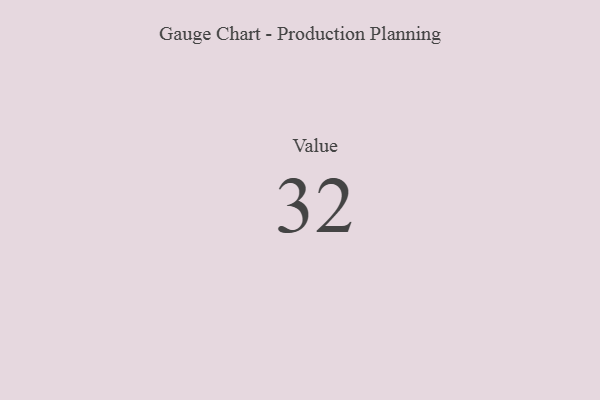
{"axis": {"x": "Metric", "y": "Value"}, "legend": [""], "data": [{"x": "Value", "y": 32, "type": ""}]}